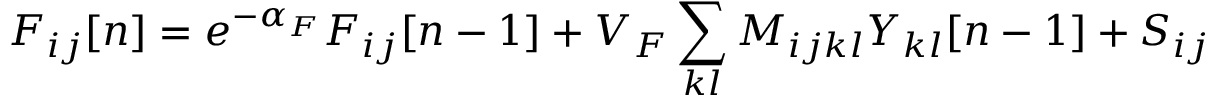
F _ { i j } [ n ] = e ^ { - \alpha _ { F } } F _ { i j } [ n - 1 ] + V _ { F } \sum _ { k l } M _ { i j k l } Y _ { k l } [ n - 1 ] + S _ { i j }